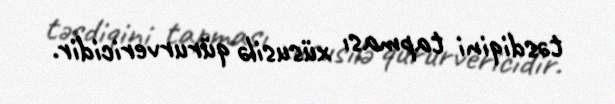
təsdiqini tapması xüsusilə qürurvericidir.